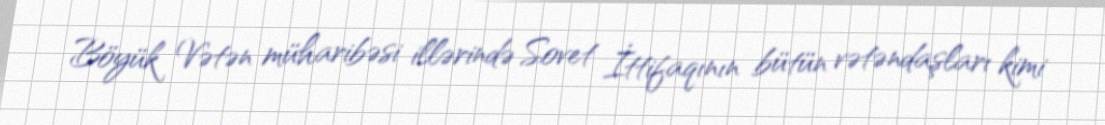
Böyük Vətən müharibəsi illərində Sovet İttifaqının bütün vətəndaşları kimi